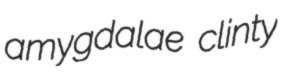
amygdalae clinty